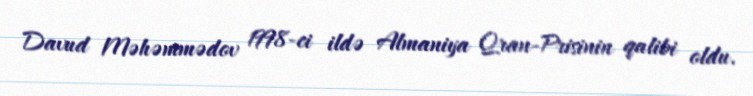
Davud Məhəmmədov 1998-ci ildə Almaniya Qran-Prisinin qalibi oldu.